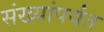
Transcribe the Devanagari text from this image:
संख्यांपर्यंत